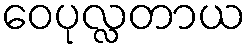
ဝေပုလ္လတာယ